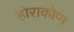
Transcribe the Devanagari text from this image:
होराकोण